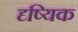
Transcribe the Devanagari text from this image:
दृष्यिक